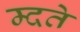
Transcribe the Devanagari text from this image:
म्दते